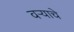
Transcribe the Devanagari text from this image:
वऱ्याचे